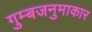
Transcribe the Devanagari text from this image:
गुम्बजनुमाकार